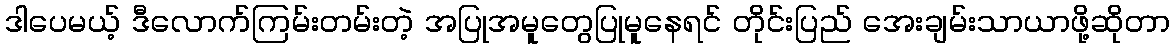
ဒါပေမယ့် ဒီလောက်ကြမ်းတမ်းတဲ့ အပြုအမူတွေပြုမူနေရင် တိုင်းပြည် အေးချမ်းသာယာဖို့ဆိုတာ